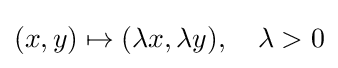
(x,y)\mapsto (\lambda x,\lambda y),\quad \lambda >0